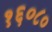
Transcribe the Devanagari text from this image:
१६०८०